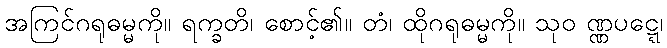
အကြင်ဂရုဓမ္မကို။ ရက္ခတိ၊ စောင့်၏။ တံ၊ ထိုဂရုဓမ္မကို။ သုဝ ဏ္ဏပဋ္ဋေ၊